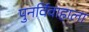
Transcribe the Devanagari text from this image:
पुनर्विवाहाला